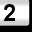
Digit: 2